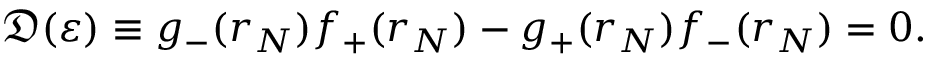
\mathfrak { D } ( \varepsilon ) \equiv g _ { - } ( r _ { N } ) f _ { + } ( r _ { N } ) - g _ { + } ( r _ { N } ) f _ { - } ( r _ { N } ) = 0 .